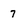
Character: 7